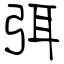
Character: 弭